Scientific memoirs by medical officers of the Army of India - Part III,
Year: 1887
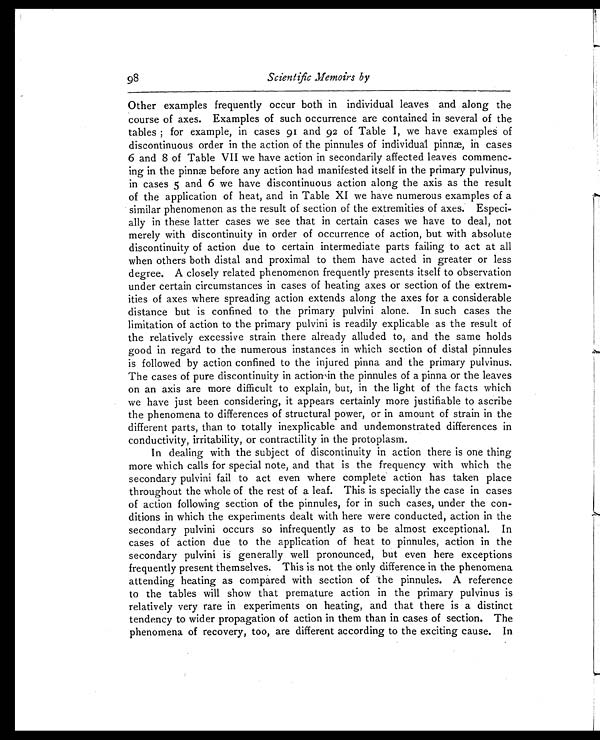
Scientific Memoirs by
Other examples frequently occur both in individual leaves and along the
course of axes. Examples of such occurrence are contained in several of the
tables ; for example, in cases 91 and 92 of Table I, we have examples of
discontinuous order in the action of the pinnules of individual pinnæ, in cases
6 and 8 of Table VII we have action in secondarily affected leaves commenc-
ing in the pinnæ before any action had manifested itself in the primary pulvinus,
in cases 5 and 6 we have discontinuous action along the axis as the result
of the application of heat, and in Table XI we have numerous examples of a
similar phenomenon as the result of section of the extremities of axes. Especi-
ally in these latter cases we see that in certain cases we have to deal, not
merely with discontinuity in order of occurrence of action, but with absolute
discontinuity of action due to certain intermediate parts failing to act at all
when others both distal and proximal to them have acted in greater or less
degree. A closely related phenomenon frequently presents itself to observation
under certain circumstances in cases of heating axes or section of the extrem-
ities of axes where spreading action extends along the axes for a considerable
distance but is confined to the primary pulvini alone. In such cases the
limitation of action to the primary pulvini is readily explicable as the result of
the relatively excessive strain there already alluded to, and the same holds
good in regard to the numerous instances in which section of distal pinnules
is followed by action confined to the injured pinna and the primary pulvinus.
The cases of pure discontinuity in actior in the pinnules of a pinna or the leaves
on an axis are more difficult to explain, but, in the light of the facts which
we have just been considering, it appears certainly more justifiable to ascribe
the phenomena to differences of structural power, or in amount of strain in the
different parts, than to totally inexplicable and undemonstrated differences in
conductivity, irritability, or contractility in the protoplasm.
In dealing with the subject of discontinuity in action there is one thing
more which calls for special note, and that is the frequency with which the
secondary pulvini fail to act even where complete action has taken place
throughout the whole of the rest of a leaf. This is specially the case in cases
of action following section of the pinnules, for in such cases, under the con-
ditions in which the experiments dealt with here were conducted, action in the
secondary pulvini occurs so infrequently as to be almost exceptional. In
cases of action due to the application of heat to pinnules, action in the
secondary pulvini is generally well pronounced, but even here exceptions
frequently present themselves. This is not the only difference in the phenomena
attending heating as compared with section of the pinnules. A reference
to the tables will show that premature action in the primary pulvinus is
relatively very rare in experiments on heating, and that there is a distinct
tendency to wider propagation of action in them than in cases of section. The
phenomena of recovery, too, are different according to the exciting cause. In
98